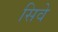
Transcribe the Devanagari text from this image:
सिवे